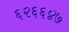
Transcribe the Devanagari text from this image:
६२६६४७